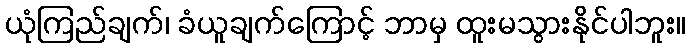
ယုံကြည်ချက်၊ ခံယူချက်ကြောင့် ဘာမှ ထူးမသွားနိုင်ပါဘူး။